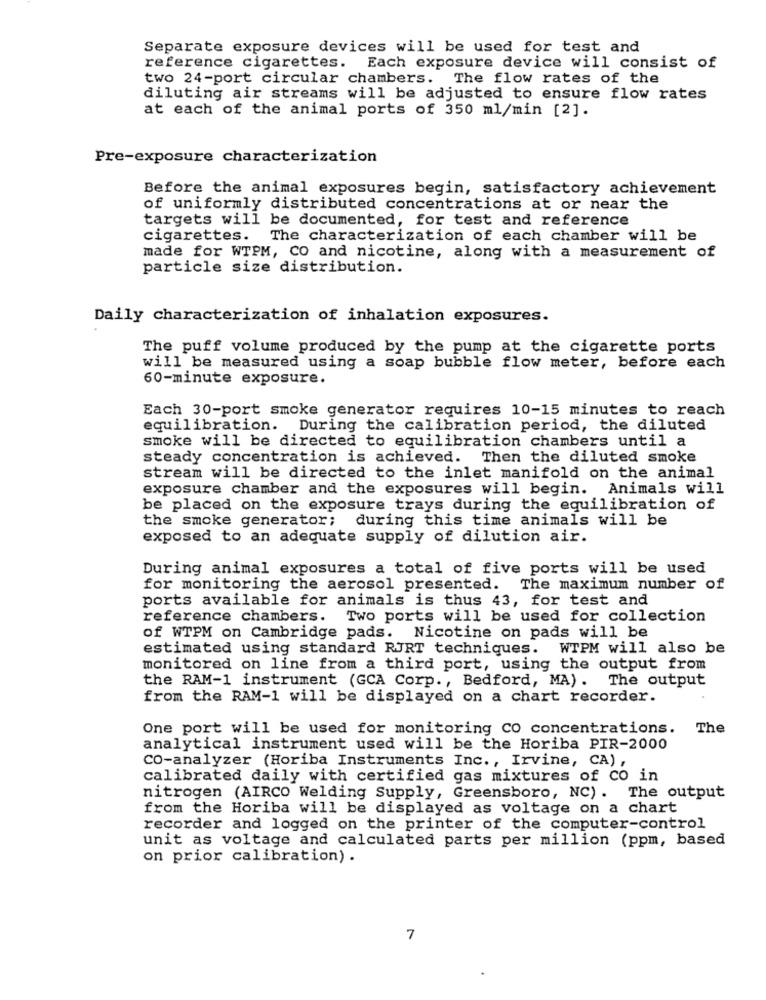
Separate exposure devices will be used for test and
reference cigarettes. Each exposure device will consist of
two 24-port circular chambers. The flow rates of the
diluting air streams will be adjusted to ensure flow rates
at each of the animal ports of 350 ml/min [2].
Pre-exposure characterization
Before the animal exposures begin, satisfactory achievement
of uniformly distributed concentrations at or near the
targets will be documented, for test and reference
cigarettes. The characterization of each chamber will be
made for WTPM, CO and nicotine, along with a measurement of
particle size distribution.
Daily characterization of inhalation exposures.
The puff volume produced by the pump at the cigarette ports
will be measured using a soap bubble flow meter, before each
60-minute exposure.
Each 30-port smoke generator requires 10-15 minutes to reach
equilibration. During the calibration period, the diluted
smoke will be directed to equilibration chambers until a
steady concentration is achieved. Then the diluted smoke
stream will be directed to the inlet manifold on the animal
exposure chamber and the exposures will begin. Animals will
be placed on the exposure trays during the equilibration of
the smoke generator; during this time animals will be
exposed to an adequate supply of dilution air.
During animal exposures a total of five ports will be used
for monitoring the aerosol presented. The maximum number of
ports available for animals is thus 43, for test and
reference chambers. Two ports will be used for collection
of WTPM on Cambridge pads. Nicotine on pads will be
estimated using standard RJRT techniques. WTPM will also be
monitored on line from a third port, using the output from
the RAM-1 instrument (GCA Corp. , Bedford, MA). The output
from the RAM-1 will be displayed on a chart recorder.
One port will be used for monitoring CO concentrations.
The
analytical instrument used will be the Horiba PIR-2000
CO-analyzer (Horiba Instruments Inc ., Irvine, CA) ,
calibrated daily with certified gas mixtures of co in
nitrogen (AIRCO Welding Supply, Greensboro, NC) . The output
from the Horiba will be displayed as voltage on a chart
recorder and logged on the printer of the computer-control
unit as voltage and calculated parts per million (ppm, based
on prior calibration) .
7